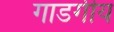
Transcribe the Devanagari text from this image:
गाडगीय